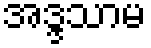
အဒ္ဒသာမ